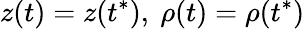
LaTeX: z(t)=z(t^{*}),\ \rho(t)=\rho(t^{*})